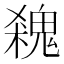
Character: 𩳙